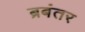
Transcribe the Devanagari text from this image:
ब्रबंतर